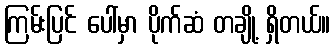
ကြမ်းပြင် ပေါ်မှာ ပိုက်ဆံ တချို့ ရှိတယ်။